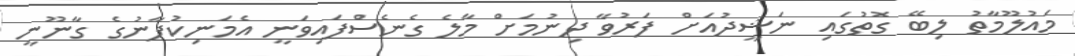
މައުލޫމާތު ލިބޭ ގޮތުގައި ނަޝީދުއަށް ފަރުވާ ދިނުމަށް މާލެ ގެނެސްފައިވަނީ އެމަނިކުފާނުގެ ގާނޫނީ